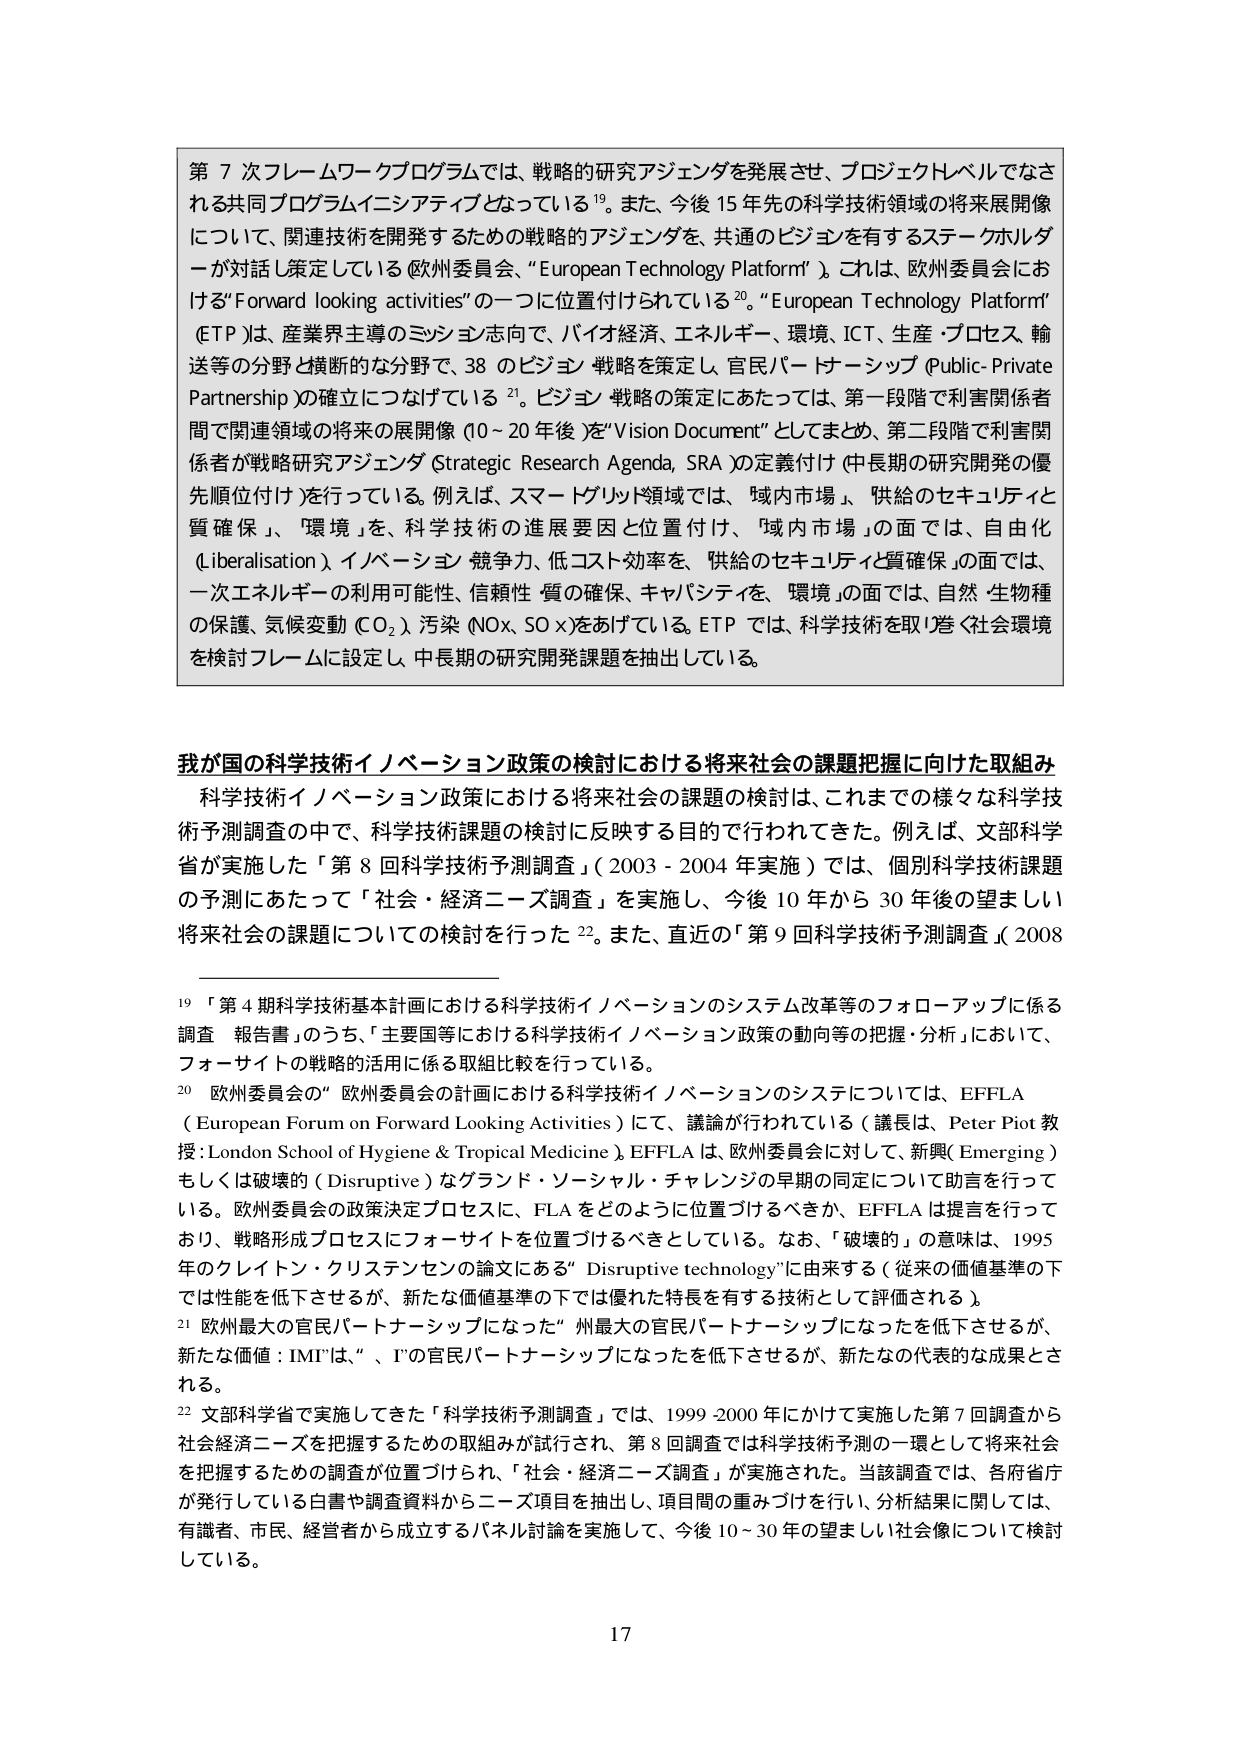
第７次フレームワークプログラムでは、戦略的研究アジェンダを発展させ、プロジェクトレベルでなされる共同プログラムイニシアティブとなっている¹⁹。また、今後15年先の科学技術領域の将来展開像について、関連技術を開発するための戦略的アジェンダを、共通のビジョンを有するステークホルダーが対話し策定している（欧州委員会、“European Technology Platform”）。これは、欧州委員会における“Forward looking activities” の一つに位置付けられている²⁰。“European Technology Platform”（ETP）は、産業界主導のミッション志向で、バイオ経済、エネルギー、環境、ICT、生産・プロセス、輸送等の分野と横断的な分野で、38のビジョン戦略を策定し、官民パートナーシップ（Public-Private Partnership）の確立につなげている²¹。ビジョン戦略の策定にあたっては、第一段階で利害関係者間で関連領域の将来の展開像（10～20年後）を“Vision Document”としてまとめ、第二段階で利害関係者が戦略研究アジェンダ（Strategic Research Agenda, SRA）の定義付け（中長期の研究開発の優先順位付け）を行っている。例えば、スマートグリッド領域では、「域内市場」、「供給のセキュリティと質確保」、「環境」を、科学技術の進展要因と位置付け、「域内市場」の面では、自由化（liberalisation）、イノベーション競争力、低コスト効率を、「供給のセキュリティと質確保」の面では、一次エネルギーの利用可能性、信頼性・質の確保、キャパシティを、「環境」の面では、自然・生物種の保護、気候変動（CO₂）、汚染（NOx、SOx）をあげている。ETPでは、科学技術を取り巻く社会環境を検討フレームに設定し、中長期の研究開発課題を抽出している。

我が国の科学技術イノベーション政策の検討における将来社会の課題把握に向けた取組み
科学技術イノベーション政策における将来社会の課題の検討は、これまでの様々な科学技術予測調査の中で、科学技術課題の検討に反映する目的で行われてきた。例えば、文部科学省が実施した「第8回科学技術予測調査」（2003-2004年実施）では、個別科学技術課題の予測にあたって「社会・経済ニーズ調査」を実施し、今後10年から30年後の望ましい将来社会の課題についての検討を行った²²。また、直近の「第9回科学技術予測調査」（2008

¹⁹ 「第4期科学技術基本計画における科学技術イノベーションのシステム改革等のフォローアップに係る調査 報告書」のうち、「主要国等における科学技術イノベーション政策の動向等の把握・分析」において、フォーサイトの戦略的活用に係る取組比較を行っている。
²⁰ 欧州委員会の“欧州委員会の計画における科学技術イノベーションのシステム”については、EFFLA（European Forum on Forward Looking Activities）にて、議論が行われている（議長は、Peter Piot教授：London School of Hygiene & Tropical Medicine）。EFFLAは、欧州委員会に対して、新興（Emerging）もしくは破壊的（Disruptive）なグランド・ソーシャル・チャレンジの早期の同定について助言を行っている。欧州委員会の政策決定プロセスに、FLAをどのように位置づけるべきか、EFFLAは提言を行っており、戦略形成プロセスにフォーサイトを位置づけるべきとしている。なお、「破壊的」の意味は、1995年のクレイトン・クリステンセンの論文にある“Disruptive technology”に由来する（従来の価値基準の下では性能を低下させるが、新たな価値基準の下では優れた特長を有する技術として評価される）。
²¹ 欧州最大の官民パートナーシップになった“州最大の官民パートナーシップになったを低下させるが、新たな価値：IMI”は、“、I”の官民パートナーシップになったを低下させるが、新たな代表的な成果とされる。
²² 文部科学省で実施してきた「科学技術予測調査」では、1999-2000年にかけて実施した第7回調査から社会経済ニーズを把握するための取組みが試行され、第8回調査では科学技術予測の一環として将来社会を把握するための調査が位置づけられ、「社会・経済ニーズ調査」が実施された。当該調査では、各府省庁が発行している白書や調査資料からニーズ項目を抽出し、項目間の重みづけを行い、分析結果に関しては、有識者、市民、経営者から成立するパネル討論を実施して、今後10～30年の望ましい社会像について検討している。

17